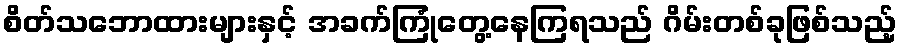
စိတ်သဘောထားများနှင့် အခက်ကြုံတွေ့နေကြရသည် ဂိမ်းတစ်ခုဖြစ်သည့်